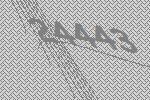
24443